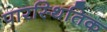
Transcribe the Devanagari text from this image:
पारस्थितिक